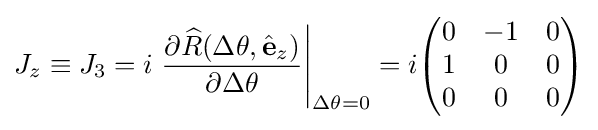
J_{z}\equiv J_{3}=i\left.{\frac {\partial {\widehat {R}}(\Delta \theta ,{\hat {\mathbf {e} }}_{z})}{\partial \Delta \theta }}\right|_{\Delta \theta =0}=i{\begin{pmatrix}0&-1&0\\1&0&0\\0&0&0\\\end{pmatrix}}